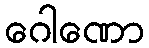
ဂေါဏော